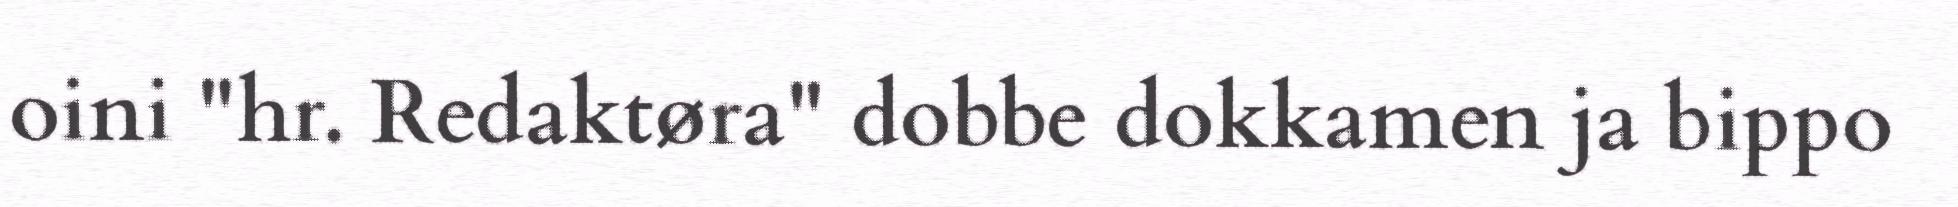
oini "hr. Redaktøra" dobbe dokkamen ja bippo